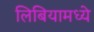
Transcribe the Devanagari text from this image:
लिबियामध्ये